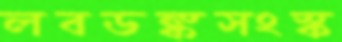
লবডঙ্কসংস্ক